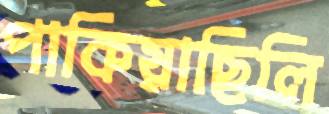
পাকিয়াছিলি